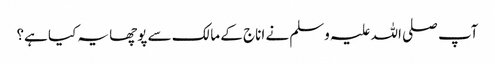
آپ صلی اللہ علیہ وسلم نے اناج کے مالک سے پوچھا یہ کیا ہے؟